Leaving Certificate Examination (including Day School Certificate (Higher) General paper), 1927
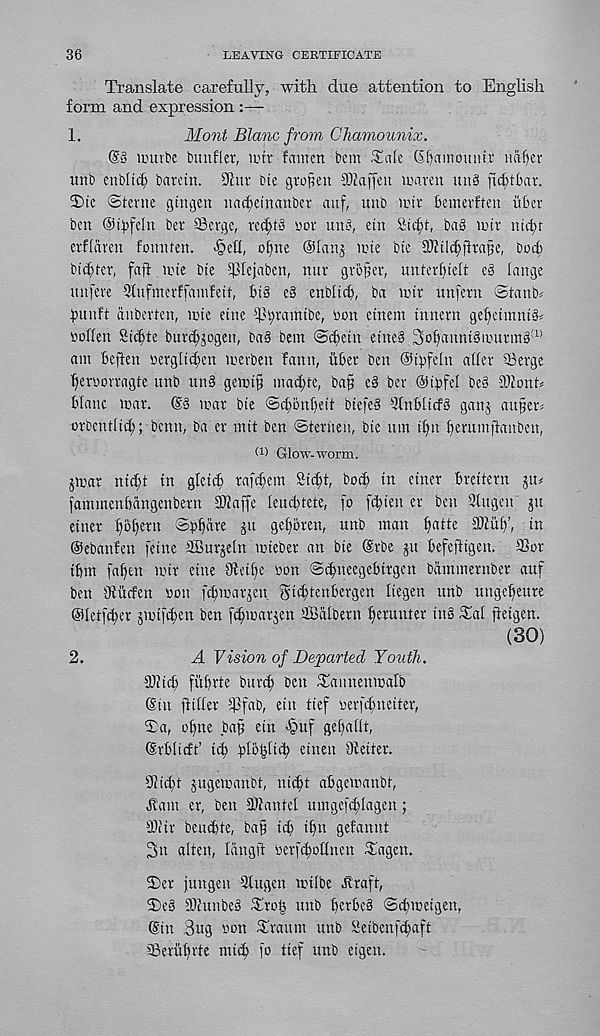
36
LEAVING CERTIFICATE
Translate carefully, with due attention to English
form and expression :—
1.
Mont Blanc from Chamounix.
(S3 irurbc buttfler, unr famcn bem ^ale (S()amoiuur ua^ev
vmb enbtiif) barctn. 91uv bie gropcn SDZaffeu iraren uu3 [ii^tbar.
S)tc ©tevne gtngen nac^einanber auf, unb unr bemerften iiber
ben ©ibfeln ber Serge, re§t3 nor un3, etn Sic^t, bag nur nicty
erfliiren fotunen.
of^ne ®Ianj une bte 91ZtI(^jlra§e, bod)
bidder, faft une bte Ehejaben, nur groper, unterf)ieh e3 tange
unfere Stufmerffamfeit, bt3 e§ enbltcb, ba unr unfern Stanb*
bunft dnberten, une etne S^wmtbe, toon etnem tnnern ge^etmnt^
toohen Sit^te burd^ogen, ba§ bem <Sd)ein etne3 3olfannt3nntrm3 !1)
am beften »ergltd;en uerben fann, iiber ben ©tpfeln alter Serge
^eroorragte unb un3 gemt§ in ad) te, bap e3 ber ®tbfel be3 SZonh
blanc mar. ®§ mar bte @cbonl)ett btefeS 2tnb[tcf3 ganj aupern
orbcntltc^; benn, ba cr mtt ben ©terneu, bte um tf)it Iferumfianbcn,
(1 ) Glow-worm.
jmar ntd;t in gletdf rafe^em Stc^t, bod; in etner brettern ju#
fammenbangenbern SZaffe leud)tete, fo fd;ten cr ben Qtugen' ju
etner f)bf)ern ©bljare ju gel;oren, unb man b a d e S^iib’, in
©ebanfen fetne SBurjeln uneber an bie ®rbe ju befeftigen. Sor
tbm faf)en uir etne SfZetbe toon ©^neegebtrgen bam member auf
ben Stiffen toon febumrjen git^tenbergen liegen unb unge^eure
@tetfd;er jmtf^en ben fc^marjen EBdtbern Remitter in3 ^al fietgen.
(30)
2.
A Vision of Departed Youth.
SOZid; fiibrte burtb ben ^annenmalb
©in flitter Sfab, etn tief oerfebneiter,
Sa, ot;ne bap etn -§uf gel;aflt,
©rblicft’ icb b)to|ltcb etnen Setter.
Sidu jugemanbt, ni^t abgemanbt,
tt'am er, ben SZantel umgef^lagen;
Stir beuebte, bap icb i^tt gefannt
3n alien, Idngft toerfd)oltnen ^agen.
3)er jungen Sugen U'ilbe tlraft,
S)e3 SZunbeg ^rol^ unb t)erbe3 ©cbmeigen,
©in Bug toon £raum unb iZetbenfd;aft
Seriitute mtcb fo tief unb eigen.